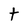
Character: t